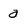
Character: a